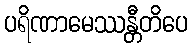
ပရိဏာမေဿန္တီတိပေ